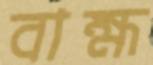
বাহ্ম